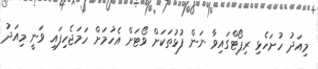
މިއަދު ހުށަހެޅި ރިޕޯޓްގައިވާ ނަން ފުޅުތަކަށް ވޯޓަށް އެހުމަށް ހަމަޖެހިފައި ވަނީ މިއަދު